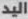
اليد